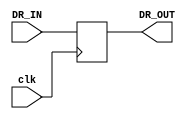
`timescale 1ns / 1ps
//////////////////////////////////////////////////////////////////////////////////
// Company: 
// Engineer: 
// 
// Design Name: 
// Module Name: DR
// Project Name: 
// Target Devices: 
// Tool Versions: 
// Description: 
// 
// Dependencies: 
// 
// Revision:
// Revision 0.01 - File Created
// Additional Comments:
// 
//////////////////////////////////////////////////////////////////////////////////


module DR(
    input clk,
    input [15:0]DR_IN,
    output [15:0]DR_OUT
    );
reg [15:0]DR_reg = 0;
always@(posedge clk)
    DR_reg <= DR_IN;
assign DR_OUT = DR_reg;
endmodule